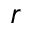
r